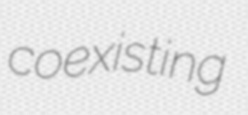
coexisting